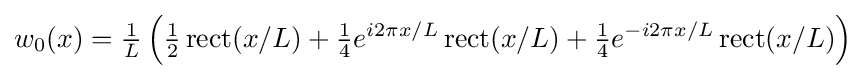
w_{0}(x)={\tfrac {1}{L}}\left({\tfrac {1}{2}}\operatorname {rect} (x/L)+{\tfrac {1}{4}}e^{i2\pi x/L}\operatorname {rect} (x/L)+{\tfrac {1}{4}}e^{-i2\pi x/L}\operatorname {rect} (x/L)\right)